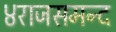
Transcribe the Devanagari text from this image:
४राजसमन्द